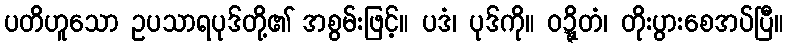
ပတိဟူသော ဥပသာရပုဒ်တို့၏ အစွမ်းဖြင့်။ ပဒံ၊ ပုဒ်ကို။ ဝဍ္ဍ္ဎိတံ၊ တိုးပွားစေအပ်ပြီ။